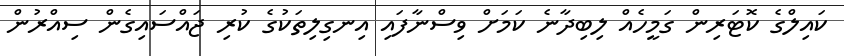
ކައިލްގެ ކޮޓަރިން ގަމީހެއް ލިބިދާނެ ކަމަށް ވިސްނާފައި އިނގިލިތަކުގެ ކުރި ޖައްސައިގެން ސިއްރުން